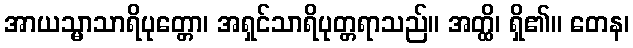
အာယသ္မာသာရိပုတ္တော၊ အရှင်သာရိပုတ္တရာသည်။ အတ္ထိ၊ ရှိ၏။ တေန၊